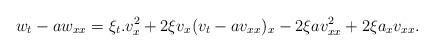
LaTeX: \begin{align*}w_{t}-aw_{xx}=\xi_{t}.v_{x}^{2}+2\xi v_{x}(v_{t}-av_{xx})_{x}-2\xi av_{xx}^{2}+2\xi a_{x}v_{xx}.\end{align*}